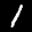
Label: 1